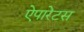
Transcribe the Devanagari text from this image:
ऐपारेटस